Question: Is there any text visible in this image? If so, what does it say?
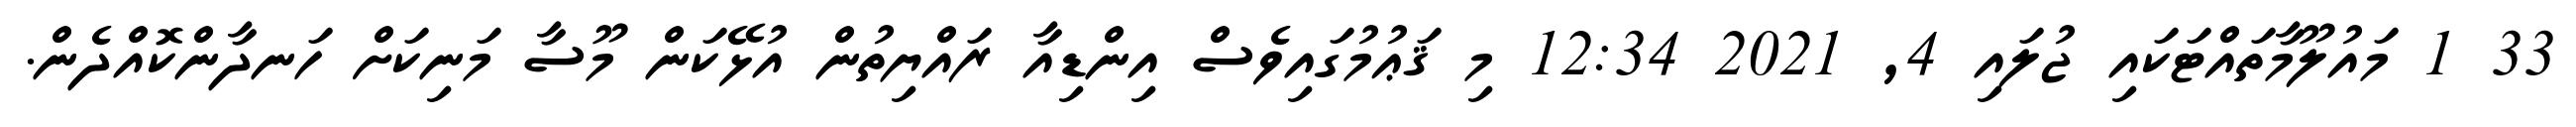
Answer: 33 1 މައުލޫމާތައްޓަކައި ޖުލައި 4, 2021 12:34 މި ޤަޢުމުގައިވެސް އިންޑިއާ ރައްޔިތުން އުޅޭކަން މޫސާ މަނިކަށް ހަނދާންކޮއްދެން.